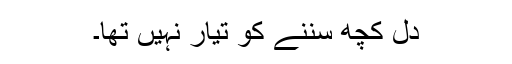
دل کچھ سننے کو تیار نہیں تھا۔